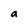
Character: a